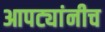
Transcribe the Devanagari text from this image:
आपट्यांनीच